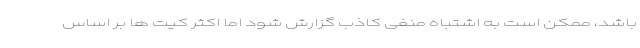
باشد، ممکن است به اشتباه منفی کاذب گزارش شود اما اکثر کیت ها بر اساس